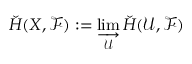
{ \check { H } } ( X , { \mathcal { F } } ) : = \varinjlim _ { \mathcal { U } } { \check { H } } ( { \mathcal { U } } , { \mathcal { F } } )